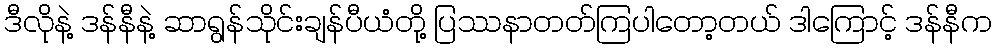
ဒီလိုနဲ့ ဒန်နီနဲ့ ဆာရွန်သိုင်းချန်ပီယံတို့ ပြဿနာတတ်ကြပါတော့တယ် ဒါကြောင့် ဒန်နီက